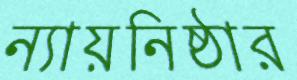
ন্যায়নিষ্ঠার